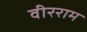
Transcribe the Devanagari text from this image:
वीरराम